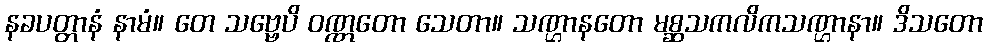
နခပတ္တာနံ နာမံ။ တေ သဗ္ဗေပိ ဝဏ္ဏတော သေတာ။ သဏ္ဌာနတော မစ္ဆသကလိကသဏ္ဌာနာ။ ဒိသတော